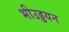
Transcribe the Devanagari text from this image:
भीउड्डयन